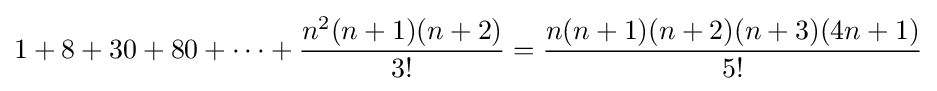
1+8+30+80+\cdots +{n^{2}(n+1)(n+2) \over 3!}={n(n+1)(n+2)(n+3)(4n+1) \over 5!}